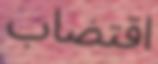
اقتضاب